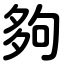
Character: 夠